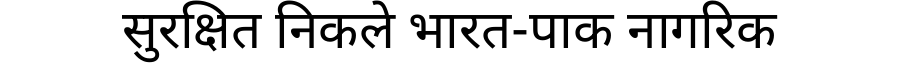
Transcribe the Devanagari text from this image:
सुरक्षित निकले भारत-पाक नागरिक